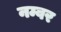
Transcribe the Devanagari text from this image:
नम्वर